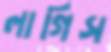
লাগিস